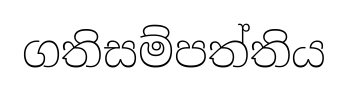
ගතිසම්පත්තිය